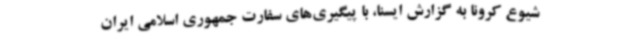
شیوع کرونا به گزارش ایسنا، با پیگیری‌های سفارت جمهوری اسلامی ایران